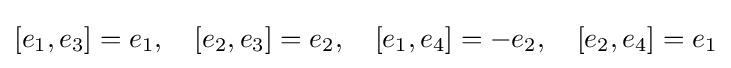
[e_{1},e_{3}]=e_{1},\quad [e_{2},e_{3}]=e_{2},\quad [e_{1},e_{4}]=-e_{2},\quad [e_{2},e_{4}]=e_{1}